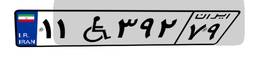
۱۱W۳۹۲۷۹